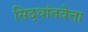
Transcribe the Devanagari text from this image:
सिद्धांतवेत्ता